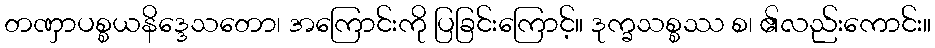
တဏှာပစ္စယနိဒ္ဒေသတော၊ အကြောင်းကို ပြခြင်းကြောင့်။ ဒုက္ခသစ္စဿ စ၊ ၏လည်းကောင်း။